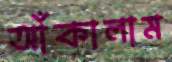
আঁকালাম